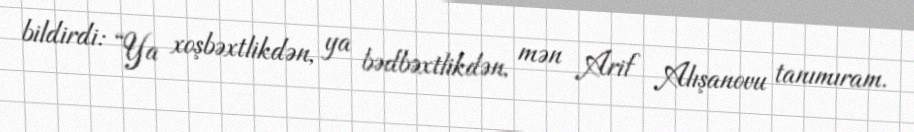
bildirdi: “Ya xoşbəxtlikdən, ya bədbəxtlikdən, mən Arif Alışanovu tanımıram.